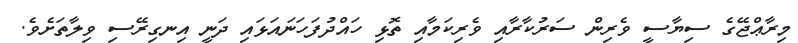
މިރާޢްޖޭގެ ސިޔާސީ ވެރިން ސަރުކާރާއި ވެރިކަމާއި ތޮޅި ހައްދުފަހަނައަޅައި ދަނީ އިނގިރޭސި ވިލާތަށެވެ.